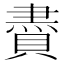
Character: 賮